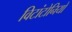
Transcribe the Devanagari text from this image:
विटांटोनियो